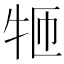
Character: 𱭪